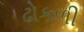
ઢોકળી